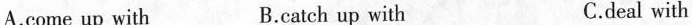
A.come up with B.catch up with C.deal with